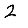
Digit: 2